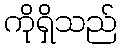
ကိုရှိသည်